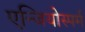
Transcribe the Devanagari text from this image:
एन्जियोस्पर्म